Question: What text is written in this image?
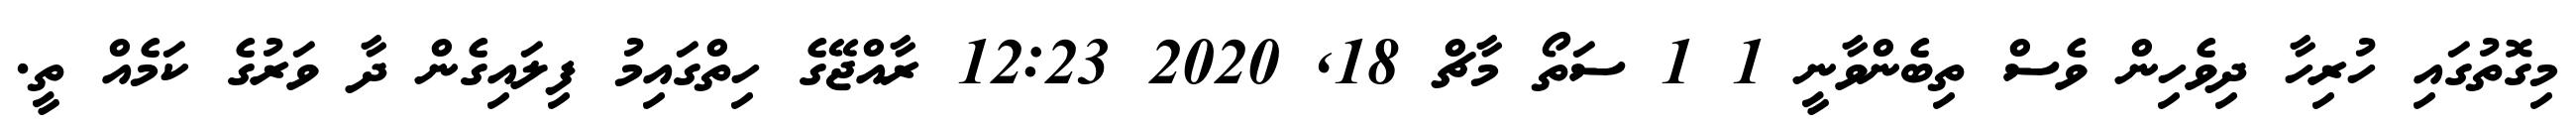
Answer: މިގޮތުގައި ހުރިހާ ދިވެހިން ވެސް ތިބެންވާނީ 1 1 ސަތޯ މާޗް 18, 2020 12:23 ރާއްޖޭގެ ހިތްގައިމު ފިލައިގެން ދާ ވަރުގެ ކަމެއް ތީ.